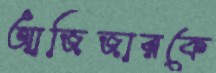
আজিজারকে